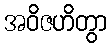
အဝိဇဟိတွာ